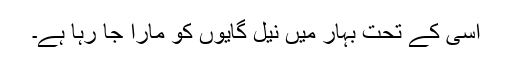
اسی کے تحت بہار میں نیل گایوں کو مارا جا رہا ہے۔